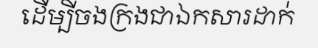
ដើម្បីចងក្រងជាឯកសារដាក់